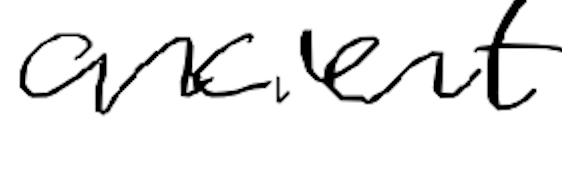
Text: ancient
Cross-out: clean
Writing tool: digital_black